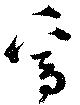
焉